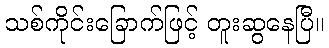
သစ်ကိုင်းခြောက်ဖြင့် တူးဆွနေပြီ။